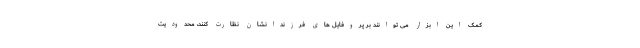
کمک این ابزار می توانند بر پروفایل های فرزندانشان نظارت کنند، محدودیت